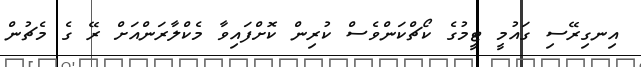
އިނގިރޭސި ގައުމީ ޓީމުގެ ކޯޗްކަންވެސް ކުރިން ކޮށްފައިވާ މެކްލާރަންއަށް ރޭ ގެ މެޗުން